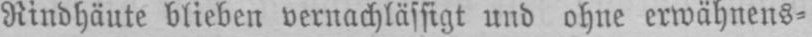
Rindhäute blieben vernachlässigt und ohne erwähnens⸗